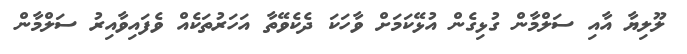
ލޫލިޔާ އާއި ސަލްމާން ގުޅިގެން އުޅޭކަަމަށް ވާހަކަ ދެކެވޭތާ އަހަރުތަކެއް ވެފައިވާއިރު ސަލްމާން